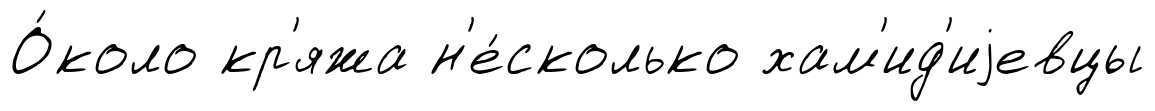
О́коло кр'яжа н'е́сколько хам'ид'иjевцы